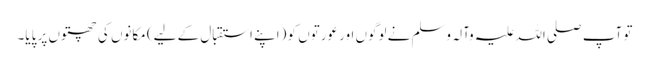
تو آپ صلی اللہ علیہ وآلہ وسلم نے لوگوں اور عورتوں کو (اپنے استقبال کے لیے) مکانوں کی چھتوں پر پایا۔